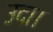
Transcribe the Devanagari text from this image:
उदा।